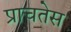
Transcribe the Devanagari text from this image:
प्राचतेस